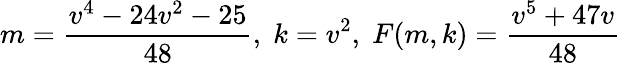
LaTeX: m={\frac{v^{4}-24v^{2}-25}{48}},\; k=v^{2},\; F(m,k)={\frac{v^{5}+47v}{48}}